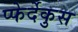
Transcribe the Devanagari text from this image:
प्फेर्देकुस